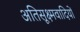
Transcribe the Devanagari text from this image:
अतिसूक्ष्मवादियों